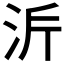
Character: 𭰂